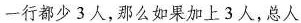
一行都少3人，那么如果加上3人，总人